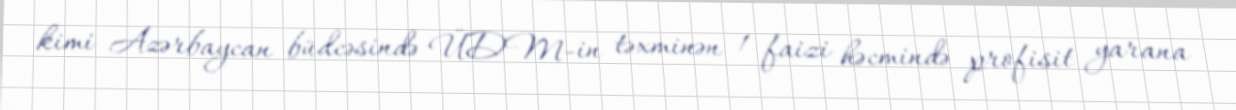
kimi Azərbaycan büdcəsində ÜDM-in təxminən 1 faizi həcmində profisit yarana